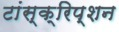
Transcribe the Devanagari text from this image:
टांस्क्रिप्शन